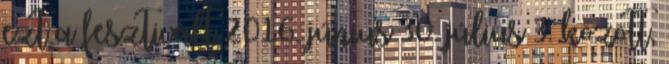
ezt a fesztivált 2016. június 30. július 3. között,